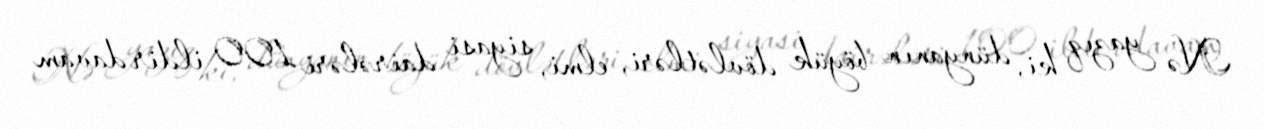
Nə yazıq ki, dünyanın böyük dövlətləri, elmi, siyasi dairələri 100 ildir davam